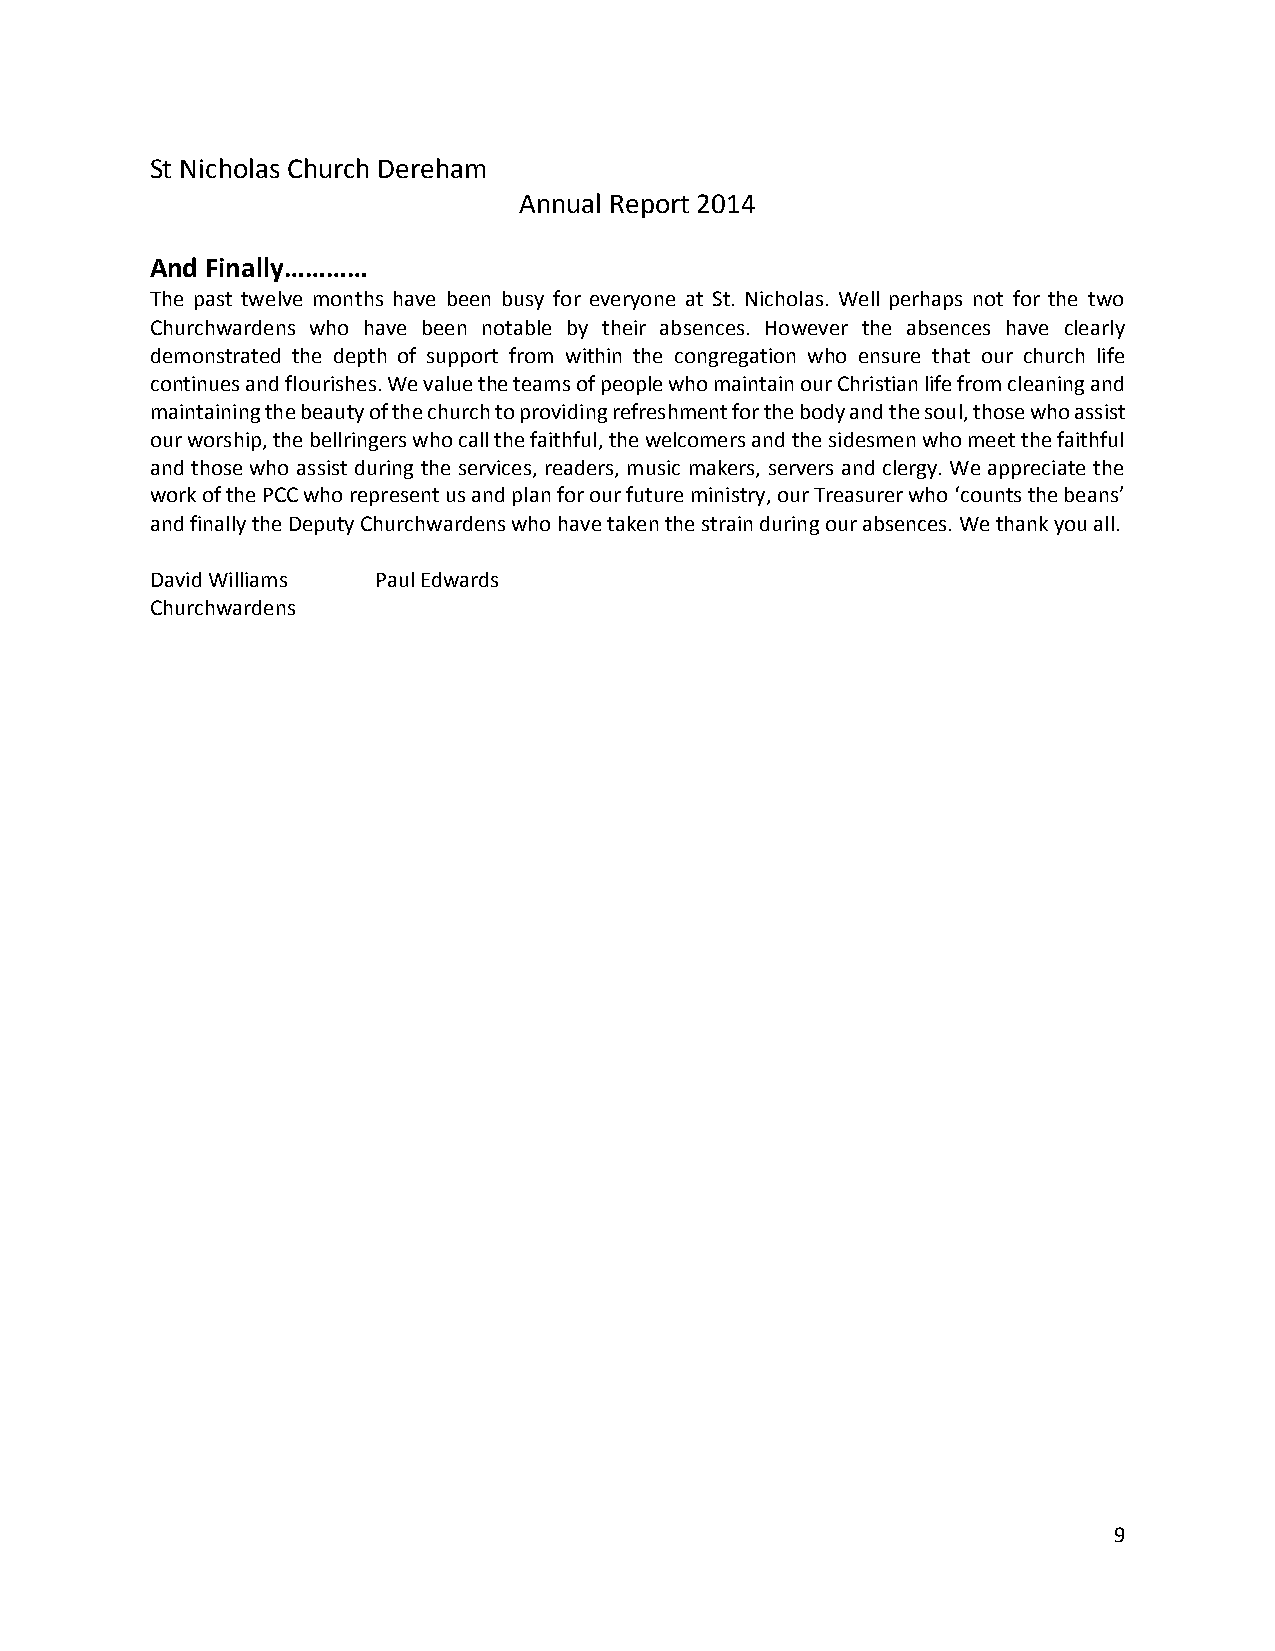
St Nicholas Church Dereham
 Annual Report 2014
 And Finally…………
 The past twelve months have been busy for everyone at St. Nicholas. Well perhaps not for the two
 Churchwardens who have been notable by their absences. However the absences have clearly
 demonstrated the depth of support from within the congregation who ensure that our church life
 continues and flourishes. We value the teams of people who maintain our Christian life from cleaning and
 maintaining the beauty of the church to providing refreshment for the body and the soul, those who assist
 our worship, the bellringers who call the faithful, the welcomers and the sidesmen who meet the faithful
 and those who assist during the services, readers, music makers, servers and clergy. We appreciate the
 work of the PCC who represent us and plan for our future ministry, our Treasurer who ‘counts the beans’
 and finally the Deputy Churchwardens who have taken the strain during our absences. We thank you all.
 David Williams Paul Edwards
 Churchwardens
 9